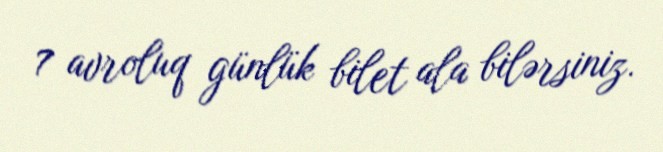
7 avroluq günlük bilet ala bilərsiniz.